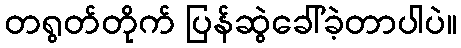
တရွတ်တိုက် ပြန်ဆွဲခေါ်ခဲ့တာပါပဲ။